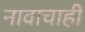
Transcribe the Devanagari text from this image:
नावाचाही